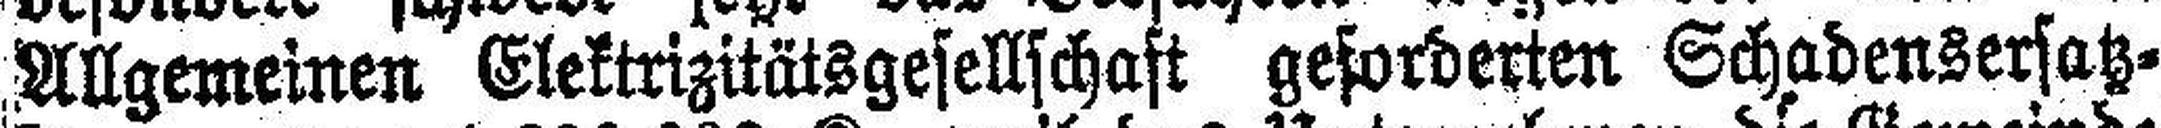
Allgemeinen Elektrizitätsgesellschaft geforderten Schadensersatz¬